Madras plague regulations and rules for the inspection of inward and outward bound vessels - Volume 1
Disease focus: Plague
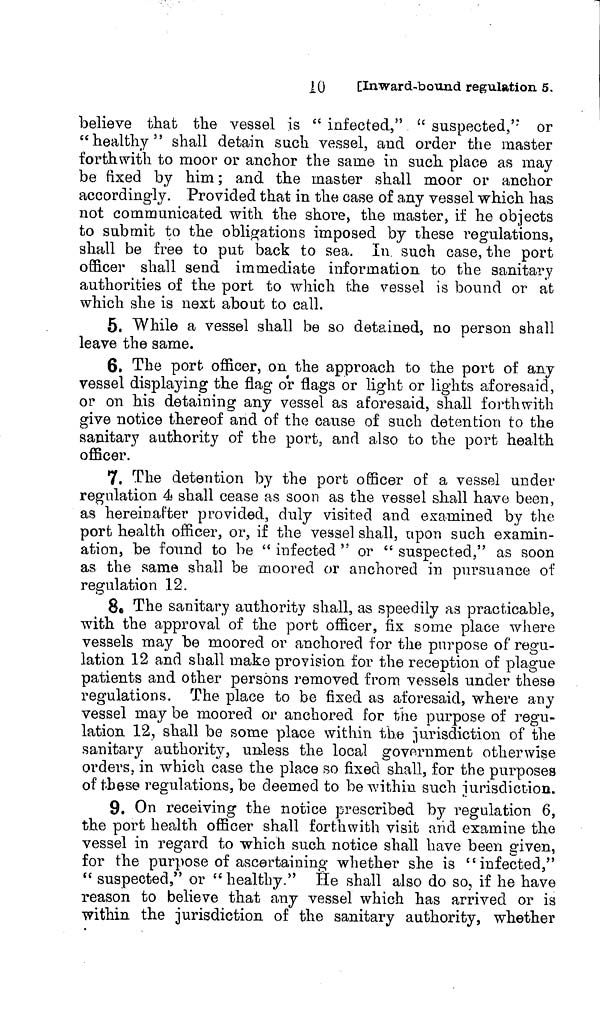
10 [Inward-bound regulation 5.
believe that the vessel is " infected," " suspected,'' or
"healthy" shall detain such vessel, and order the master
forthwith to moor or anchor the same in such place as may
be fixed by him ; and the master shall moor or anchor
accordingly. Provided that in the case of any vessel which has
not communicated with the shore, the master, if he objects
to submit to the obligations imposed by these regulations,
shall be free to put back to sea. In such case, the port
officer shall send immediate information to the sanitary
authorities of the port to which the vessel is bound or at
which she is next about to call.
5. While a vessel shall be so detained, no person shall
leave the same.
6. The port officer, on the approach to the port of any
vessel displaying the flag or flags or light or lights aforesaid,
or on his detaining any vessel as aforesaid, shall forthwith
give notice thereof and of the cause of such detention to the
sanitary authority of the port, and also to the port health
officer.
7. The detention by the port officer of a vessel under
regulation 4 shall cease as soon as the vessel shall have been,
as hereinafter provided, duly visited and examined by the
port health officer, or, if the vessel shall, upon such examin-
ation, be found to be " infected " or " suspected," as soon
as the same shall be moored or anchored in pursuance of
regulation 12.
8. The sanitary authority shall, as speedily as practicable,
with the approval of the port officer, fix some place where
vessels may be moored or anchored for the purpose of regu-
lation 12 and shall make provision for the reception of plague
patients and other persons removed from vessels under these
regulations. The place to be fixed as aforesaid, where any
vessel may be moored or anchored for the purpose of regu-
lation 12, shall be some place within the jurisdiction of the
sanitary authority, unless the local government otherwise
orders, in which case the place so fixed shall, for the purposes
of these regulations, be deemed to be within such iurisdiction.
9. On receiving the notice prescribed by regulation 6,
the port health officer shall forthwith visit and examine the
vessel in regard to which such notice shall have been given,
for the purpose of ascertaining whether she is "infected,"
" suspected," or "healthy." He shall also do so, if he have
reason to believe that any vessel which has arrived or is
within the jurisdiction of the sanitary authority, whether